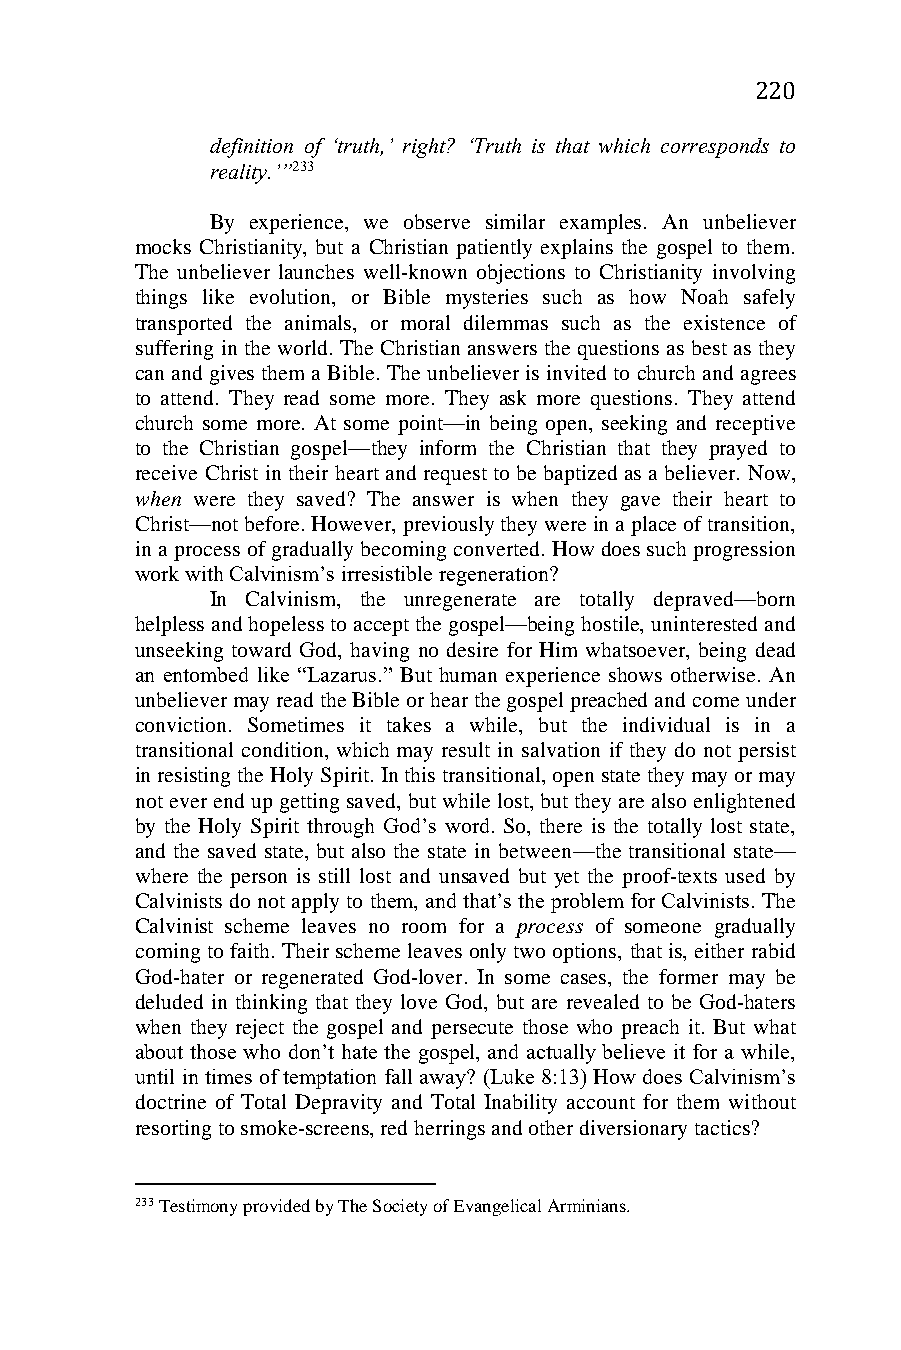
220
 definition of ‘truth,’ right? ‘Truth is that which corresponds to
 reality.’”233
 By experience, we observe similar examples. An unbeliever
 mocks Christianity, but a Christian patiently explains the gospel to them.
 The unbeliever launches well-known objections to Christianity involving
 things like evolution, or Bible mysteries such as how Noah safely
 transported the animals, or moral dilemmas such as the existence of
 suffering in the world. The Christian answers the questions as best as they
 can and gives them a Bible. The unbeliever is invited to church and agrees
 to attend. They read some more. They ask more questions. They attend
 church some more. At some point—in being open, seeking and receptive
 to the Christian gospel—they inform the Christian that they prayed to
 receive Christ in their heart and request to be baptized as a believer. Now,
 when were they saved? The answer is when they gave their heart to
 Christ—not before. However, previously they were in a place of transition,
 in a process of gradually becoming converted. How does such progression
 work with Calvinism’s irresistible regeneration?
 In Calvinism, the unregenerate are totally depraved—born
 helpless and hopeless to accept the gospel—being hostile, uninterested and
 unseeking toward God, having no desire for Him whatsoever, being dead
 an entombed like “Lazarus.” But human experience shows otherwise. An
 unbeliever may read the Bible or hear the gospel preached and come under
 conviction. Sometimes it takes a while, but the individual is in a
 transitional condition, which may result in salvation if they do not persist
 in resisting the Holy Spirit. In this transitional, open state they may or may
 not ever end up getting saved, but while lost, but they are also enlightened
 by the Holy Spirit through God’s word. So, there is the totally lost state,
 and the saved state, but also the state in between—the transitional state—
 where the person is still lost and unsaved but yet the proof-texts used by
 Calvinists do not apply to them, and that’s the problem for Calvinists. The
 Calvinist scheme leaves no room for a process of someone gradually
 coming to faith. Their scheme leaves only two options, that is, either rabid
 God-hater or regenerated God-lover. In some cases, the former may be
 deluded in thinking that they love God, but are revealed to be God-haters
 when they reject the gospel and persecute those who preach it. But what
 about those who don’t hate the gospel, and actually believe it for a while,
 until in times of temptation fall away? (Luke 8:13) How does Calvinism’s
 doctrine of Total Depravity and Total Inability account for them without
 resorting to smoke-screens, red herrings and other diversionary tactics?
 233 Testimony provided by The Society of Evangelical Arminians.